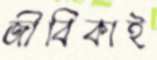
জীবিকাই